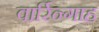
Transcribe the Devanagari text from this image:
वार्रिन्गाह